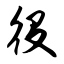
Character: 役